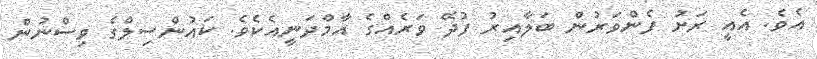
އެވެ. އެއީ ރަށު ފެންވަރުން ބަލާއިރު ފުދޭ ވަރެއްގެ އާމްދަނީއެކެވެ. ކައުންސިލްގެ ވިސްނުން